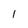
Character: l